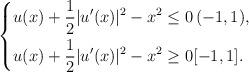
LaTeX: \begin{align*} \left\{ \begin{aligned} u(x) + \frac{1}{2}|u^\prime(x)|^2 -x^2 &\leq 0 \, (-1, 1), \\ u(x) + \frac{1}{2}|u^\prime (x)|^2 -x^2 &\geq 0 [-1, 1]. \end{aligned}\right. \end{align*}